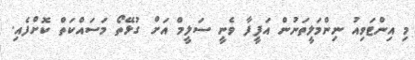
މި އިންޓަވިއު ނިންމަލީތަނުން އަފީފާ ވެނީ ސަލީމް އަށް ގުޅޭތޯ މަސައްކަތް ކޮށްފެއި.